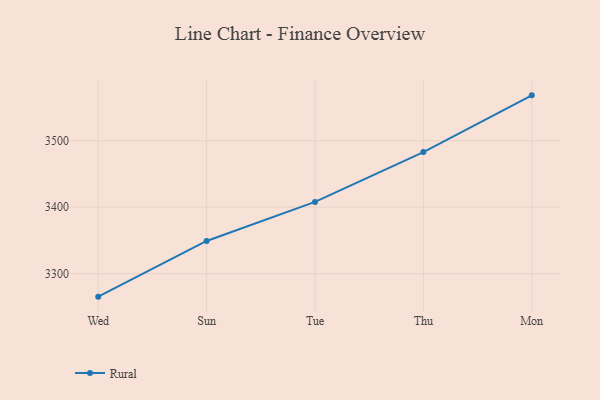
{"axis": {"x": "Day", "y": "Latency (ms)"}, "legend": ["Rural"], "data": [{"x": "Wed", "y": 3265.3, "type": "Rural"}, {"x": "Sun", "y": 3349.1, "type": "Rural"}, {"x": "Tue", "y": 3407.9, "type": "Rural"}, {"x": "Thu", "y": 3482.9, "type": "Rural"}, {"x": "Mon", "y": 3568.3, "type": "Rural"}]}